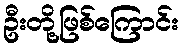
ဦးတို့ဖြစ်ကြောင်း